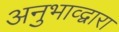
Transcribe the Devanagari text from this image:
अनुभाव्द्वारा